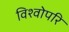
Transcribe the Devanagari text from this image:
विश्वोपरि